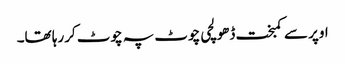
اوپر سے کمبخت ڈھولچی چوٹ پہ چوٹ کررہا تھا۔